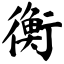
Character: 衡